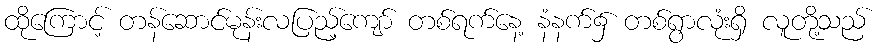
ထိုကြောင့် တန်ဆောင်မုန်းလပြည့်ကျော် တစ်ရက်နေ့ နံနက်၌ တစ်ရွာလုံးရှိ လူတို့သည်